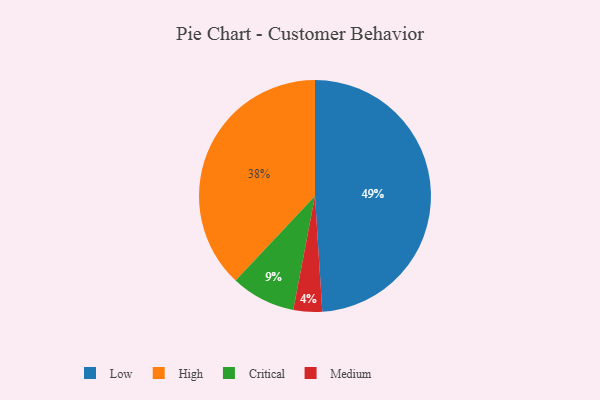
{"axis": {"x": "Category", "y": "Percentage"}, "legend": ["Critical", "High", "Low", "Medium"], "data": [{"x": "High", "y": 38, "type": "High"}, {"x": "Medium", "y": 4, "type": "Medium"}, {"x": "Critical", "y": 9, "type": "Critical"}, {"x": "Low", "y": 49, "type": "Low"}]}